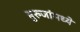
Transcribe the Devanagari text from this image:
बुरुजांमध्ये